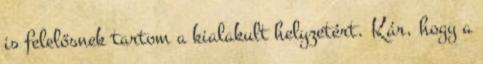
is felelősnek tartom a kialakult helyzetért. Kár, hogy a